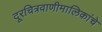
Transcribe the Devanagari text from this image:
दूरचित्रवाणीमालिकांचे